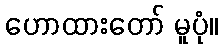
ဟောထားတော် မူပုံ။